Civil Veterinary Dept. Bombay admin report 1907-1913 - 1907-1913
Year: 1907
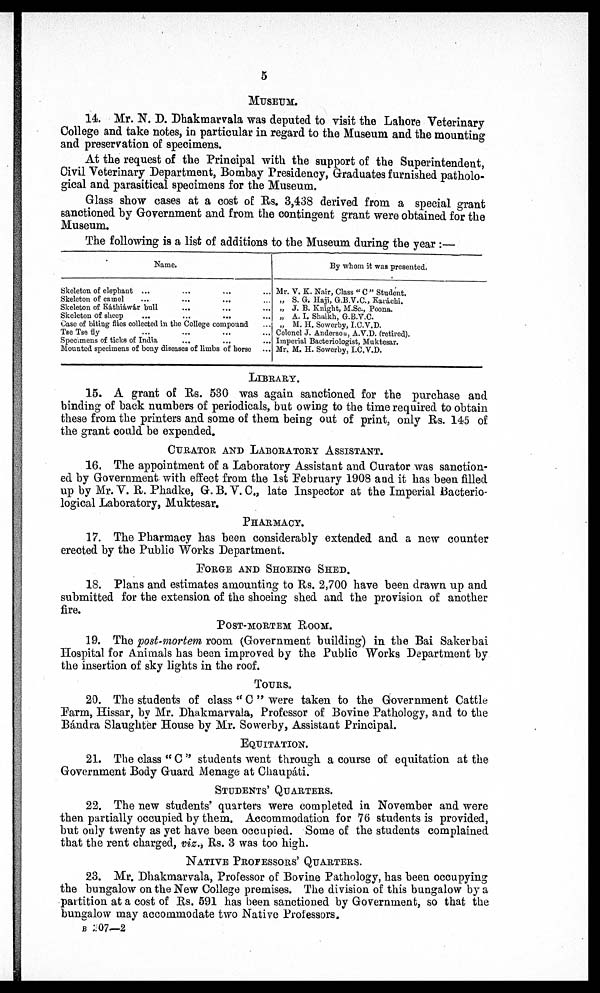
5
MUSEUM.
14. Mr. N. D. Dhakmarvala was deputed to visit the Lahore Veterinary
College and take notes, in particular in regard to the Museum and the mounting
and preservation of specimens.
At the request of the Principal with the support of the Superintendent,
Civil Veterinary Department, Bombay Presidency, Graduates furnished patholo-
gical and parasitical specimens for the Museum.
Glass show cases at a cost of Rs. 3,438 derived from a special grant
sanctioned by Government and from the contingent grant were obtained for the
Museum.
The following is a list of additions to the Museum during the year:—
Name.
Skeleton of elephant ... ...
Skeleton of camel ... ...
Skeleton of Káthiáwár bull ... ... ...
Skeleton of sheep
...
...
...
Case of biting flies collected in the College compound
Tse Tse fly ... ... ... ...
Specimens of ticks of India ... ... ...
Mounted specimens of bony diseases of limbs of horse ...
By whom it was presented.
Mr. V. K. Nair, Class "C" Student.
„ S. G. Haji, G.B.V.C., Karáchi.
„ J. B. Knight, M.Sc., Poona.
„ A. I. Shaikh, G.B.V.C.
„ M. H. Sowerby, I.C.V.D.
Colonel J. Anderson, A.V.D. (retired).
Imperial Bacteriologist, Muktesar.
Mr. M. H. Sowerby, I.C.V.D.
LIBRARY.
15. A grant of Rs. 530 was again sanctioned for the purchase and
binding of back numbers of periodicals, but owing to the time required to obtain
these from the printers and some of them being out of print, only Rs. 145 of
the grant could be expended.
CURATOR AND LABORATORY ASSISTANT.
16. The appointment of a Laboratory Assistant and Curator was sanction-
ed by Government with effect from the 1st February 1908 and it has been filled
up by Mr. V. R. Phadke, G. B. V. C., late Inspector at the Imperial Bacterio-
logical Laboratory, Muktesar.
Pharmacy.
17. The Pharmacy has been considerably extended and a new counter
erected by the Public Works Department.
FORGE AND SHOEING SHED.
18. Plans and estimates amounting to Rs. 2,700 have been drawn up and
submitted for the extension of the shoeing shed and the provision of another
fire.
POST-MORTEM ROOM.
19. The post-mortem room (Government building) in the Bai Sakerbai
Hospital for Animals has been improved by the Public Works Department by
the insertion of sky lights in the roof.
TOURS.
20. The students of class "C" were taken to the Government Cattle
Farm, Hissar, by Mr. Dhakmarvala, Professor of Bovine Pathology, and to the
Bándra Slaughter House by Mr. Sowerby, Assistant Principal.
EQUITATION.
21. The class "C" students went through a course of equitation at the
Government Body Guard Menage at Chaupáti.
STUDENTS' QUARTERS.
22. The new students' quarters were completed in November and were
then partially occupied by them. Accommodation for 76 students is provided,
but only twenty as yet have been occupied. Some of the students complained
that the rent charged, viz., Rs. 3 was too high.
NATIVE PROFESSORS' QUARTERS.
23. Mr. Dhakmarvala, Professor of Bovine Pathology, has been occupying
the bungalow on the New College premises. The division of this bungalow by a
partition at a cost of Rs. 591 has been sanctioned by Government, so that the
bungalow may accommodate two Native Professors.
B 207-2